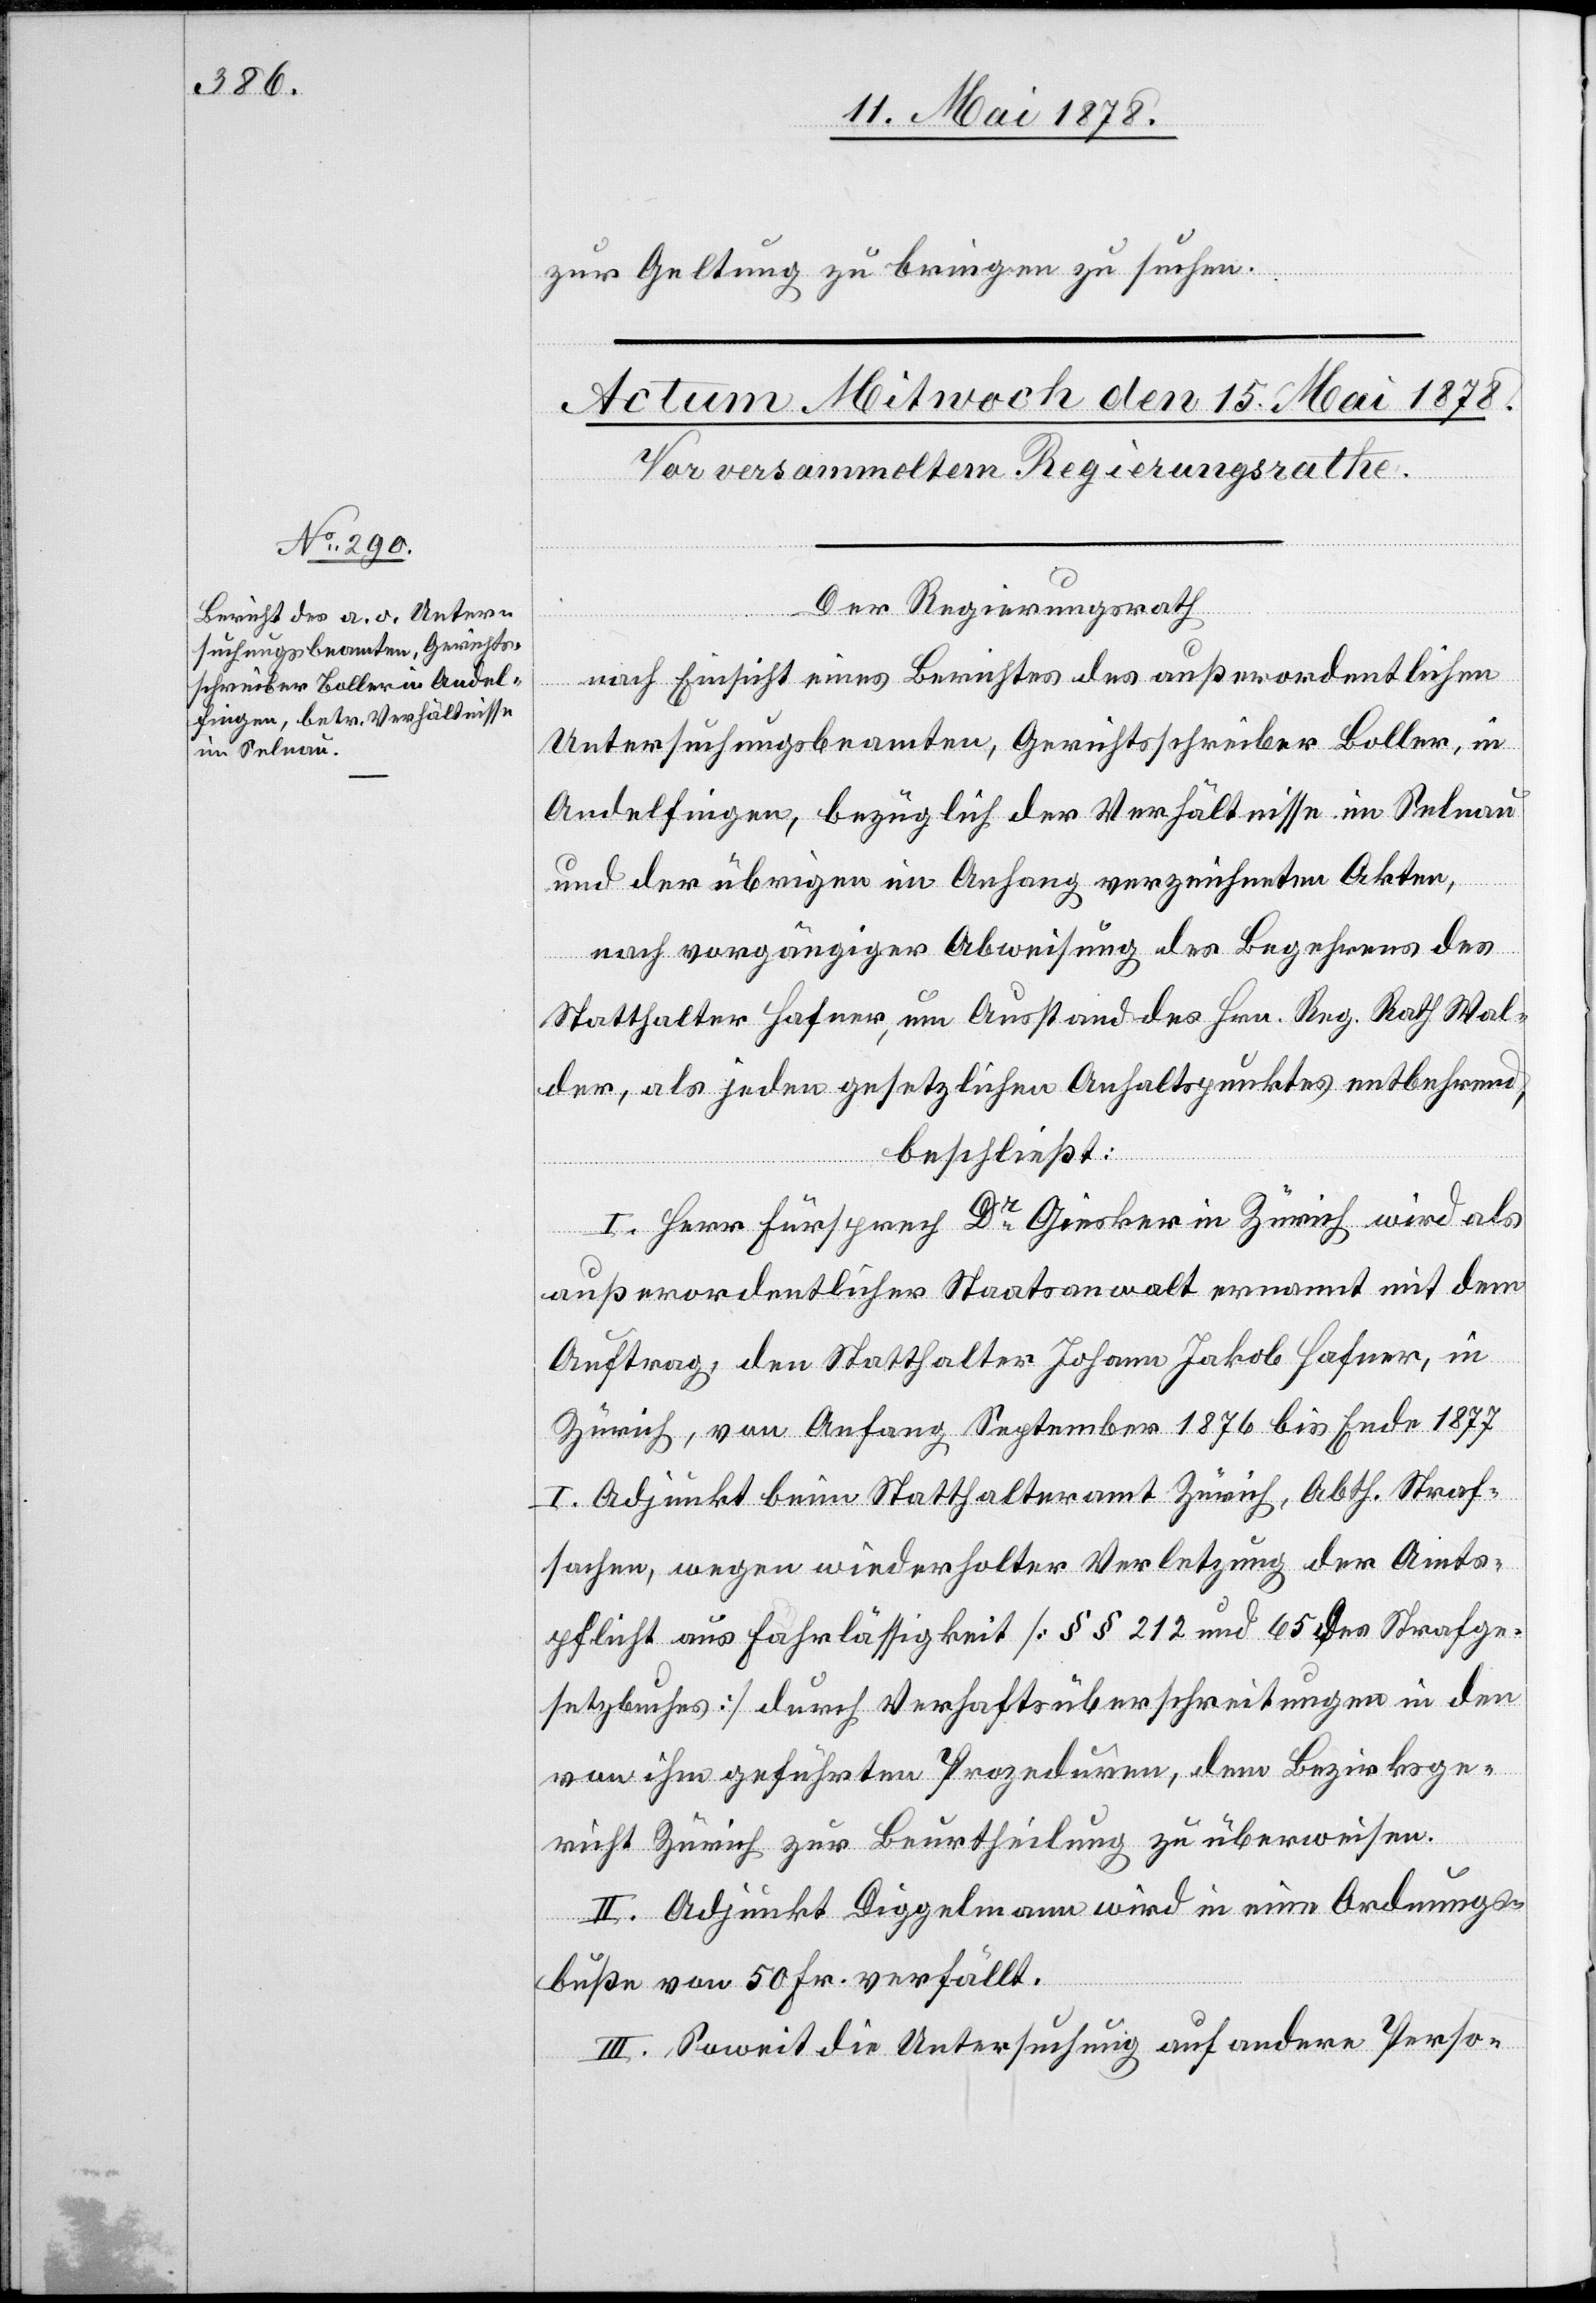
zur Geltung zu bringen zu suchen.
Der Regierungsrath
nach Einsicht eines Berichtes des außerordentlichen
Untersuchungsbeamten, Gerichtsschreiber Boller, in
Andelfingen, bezüglich der Verhältnisse im Selnau
und der übrigen im Anhang verzeichneten Akten,
nach vorgängiger Abweisung des Begehrens des
Statthalter Hafner, um Ausstand des Hrn. Reg. Rath Wal¬
der, als jeden gesetzlichen Anhaltspunktes entbehrend,
beschließt:
I. Herr Fürsprech Dr Giesker in Zürich wird als
außerordentlicher Staatsanwalt ernannt mit dem
Auftrag, den Statthalter Johann Jakob Hafner, in
Zürich, von Anfang September 1876 bis Ende 1877
I. Adjunkt beim Statthalteramt Zürich, Abth. Straf¬
sachen, wegen wiederholter Verletzung der Amts¬
pflicht aus Fahrlässigkeit [§§ 212 und 65 des Strafge¬
setzbuches] durch Verhaftsüberschreitungen in den
von ihm geführten Prozeduren, dem Bezirksge¬
richt Zürich zur Beurtheilung zu überweisen.
II. Adjunkt Diggelmann wird in eine Ordnungs¬
buße von 50 Fr. verfällt.
III. Soweit die Untersuchung auf andere Perso-